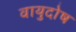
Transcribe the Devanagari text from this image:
वायुदोष